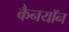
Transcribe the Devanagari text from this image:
कैनयॉन